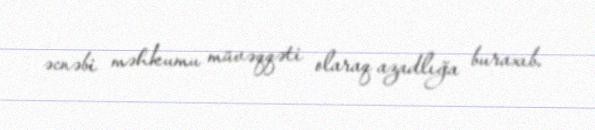
əcnəbi məhkumu müvəqqəti olaraq azadlığa buraxıb.